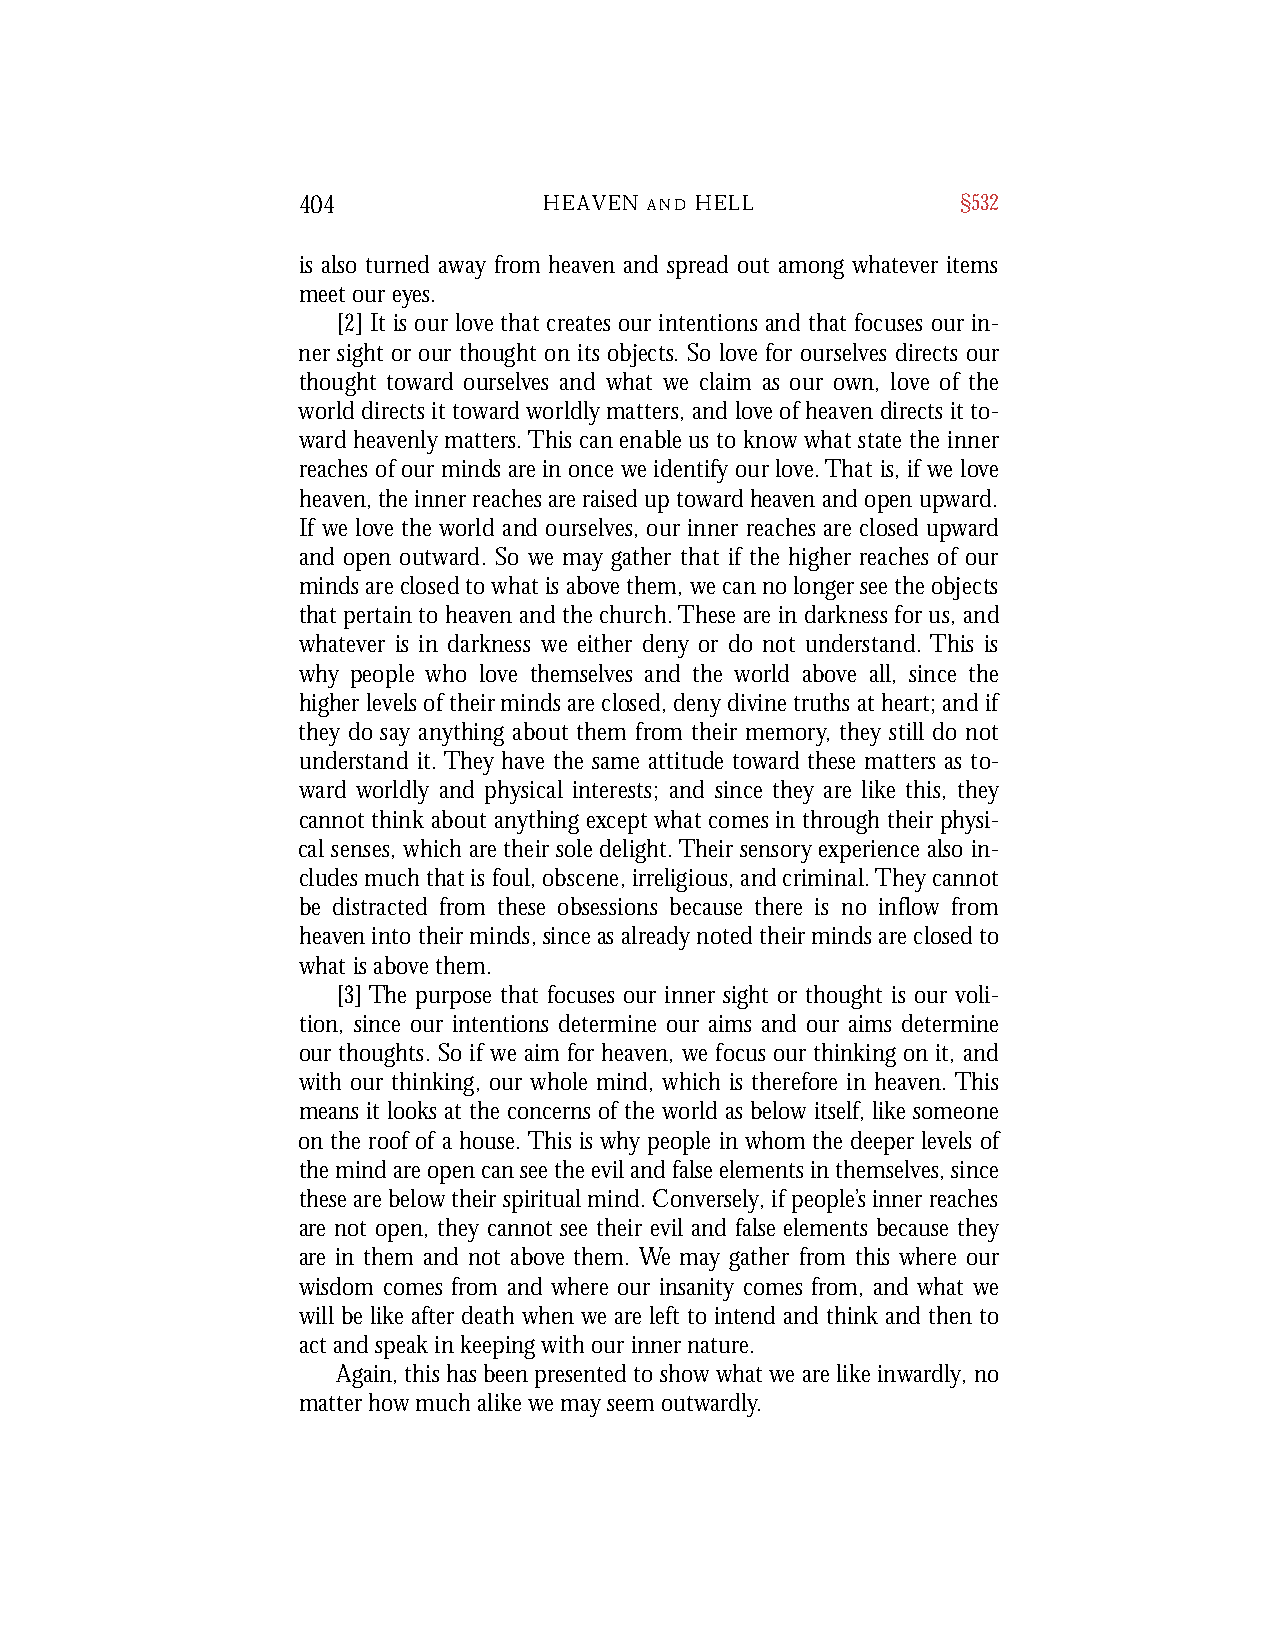
404             HEAVEN A N D H E L L        §532
 is also turned away from heaven and spread out among whatever items
 meet our eyes.
 [2] It is our love that creates our intentions and that focuses our in-
 ner sight or our thought on its objects. So love for ourselves directs our
 thought tow a rd ourselves and what we claim as our own, love of the
 world directs it tow a rd worldly matters, and love of heaven directs it to-
 w a rd heavenly matters. This can enable us to know what state the inner
 reaches of our minds are in once we identify our love. That is, if we love
 h e a ven, the inner reaches are raised up tow a rd heaven and open upw a rd .
 If we love the world and ourselves, our inner reaches are closed upw a rd
 and open outward. So we may gather that if the higher reaches of our
 minds are closed to what is above them, we can no longer see the objects
 that pertain to heaven and the church. These are in darkness for us, and
 w h a t e ver is in darkness we either deny or do not understand. This is
 why people who love themselves and the world above all, since the
 higher levels of their minds are closed, deny divine truths at heart; and if
 they do say anything about them from their memory, they still do not
 understand it. They have the same attitude tow a rd these matters as to-
 w a rd worldly and physical interests; and since they are like this, they
 cannot think about anything except what comes in through their physi-
 cal senses, which are their sole delight. Their sensory experience also in-
 cludes much that is foul, obscene, irreligious, and criminal. They cannot
 be distracted from these obsessions because there is no inflow fro m
 h e a ven into their minds, since as already noted their minds are closed to
 what is above them.
 [3] The purpose that focuses our inner sight or thought is our voli-
 tion, since our intentions determine our aims and our aims determine
 our thoughts. So if we aim for heaven, we focus our thinking on it, and
 with our thinking, our whole mind, which is therefore in heaven. This
 means it looks at the concerns of the world as below itself, like someone
 on the roof of a house. This is why people in whom the deeper levels of
 the mind are open can see the evil and false elements in themselves, since
 these are below their spiritual mind. Conversely, if people’s inner reaches
 are not open, they cannot see their evil and false elements because they
 are in them and not above them. We may gather from this where our
 wisdom comes from and where our insanity comes from, and what we
 will be like after death when we are left to intend and think and then to
 act and speak in keeping with our inner nature.
 Again, this has been presented to show what we are like inwardly, no
 matter how much alike we may seem outwardly.